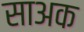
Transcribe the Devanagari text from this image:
साअक